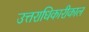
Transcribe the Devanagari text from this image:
उत्तराधिकारीकाल